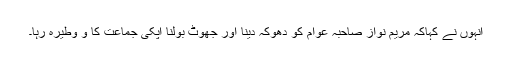
انہوں نے کہاکہ مریم نواز صاحبہ عوام کو دھوکہ دینا اور جھوٹ بولنا اپکی جماعت کا و وطیرہ رہا۔